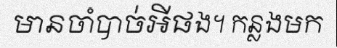
មានចាំបាច់អីផង។ កន្លងមក